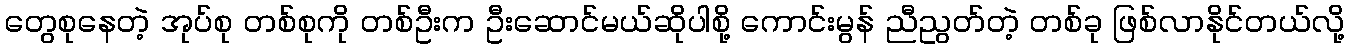
တွေစုနေတဲ့ အုပ်စု တစ်စုကို တစ်ဦးက ဦးဆောင်မယ်ဆိုပါစို့ ကောင်းမွန် ညီညွတ်တဲ့ တစ်ခု ဖြစ်လာနိုင်တယ်လို့